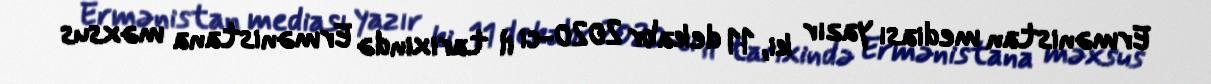
Ermənistan mediası yazır ki, 11 dekabr 2020-ci il tarixində Ermənistana məxsus